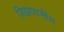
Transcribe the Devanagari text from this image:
डिझायनींग